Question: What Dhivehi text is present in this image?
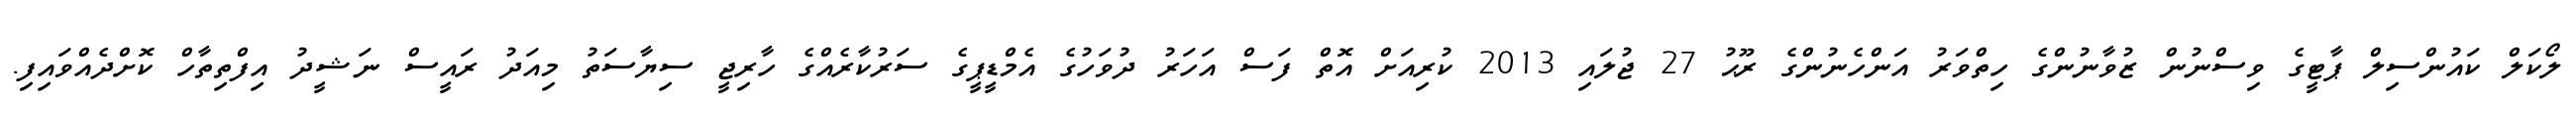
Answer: ލޯކަލް ކައުންސިލް ޕާޓީގެ ވިސްނުން ޒުވާނުންގެ ހިތްވަރު އަންހެނުންގެ ރޫޙު 27 ޖުލައި 2013 ކުރިއަށް އޮތް ފަސް އަހަރު ދުވަހުގެ އެމްޑީޕީގެ ސަރުކާރެއްގެ ހާރިޖީ ސިޔާސަތު މިއަދު ރައީސް ނަޝީދު އިފްތިތާހް ކޮށްދެއްވައިފި.